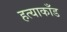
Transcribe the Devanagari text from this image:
हत्याकाँड